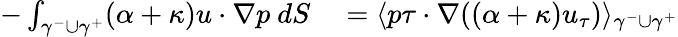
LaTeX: \begin{array}{rl}{-\int_{\gamma^{-}\cup\gamma^{+}}(\alpha+\kappa)u\cdot\nabla p\ dS}&{{}=\langle p\tau\cdot\nabla((\alpha+\kappa)u_{\tau})\rangle_{\gamma^{-}\cup\gamma^{+}}}\end{array}